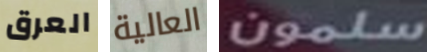
العرق العالية سلمون